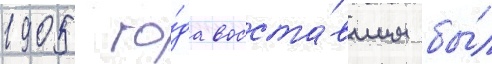
1905 го́да восста́вшим бы́л